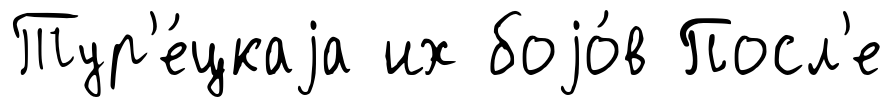
Тур'е́цкаjа их боjо́в Посл'е